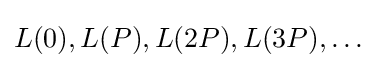
L(0),L(P),L(2P),L(3P),\dots